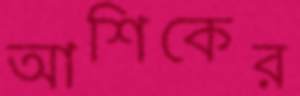
আশিকের